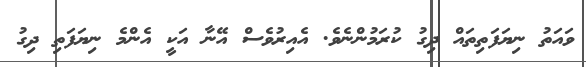
ވައަތު ނިޔަފަތިތައް ދިގު ކުރަމުންނެވެ. އެއިރުވެސް އޭނާ އަކީ އެންމެ ނިޔަފަތި ދިގު